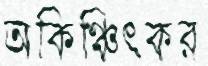
অকিঞ্চিৎকর